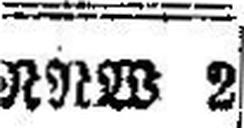
RRW 2